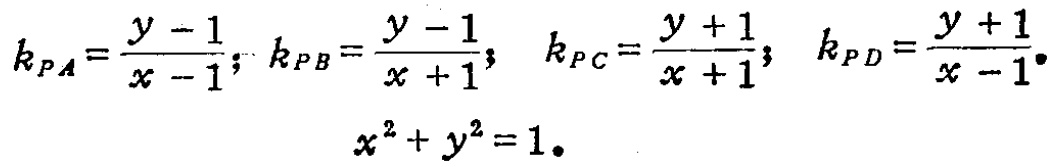
\[
k_{PA}=\frac{y - 1}{x - 1};\ k_{PB}=\frac{y - 1}{x + 1};\ k_{PC}=\frac{y + 1}{x + 1};\ k_{PD}=\frac{y + 1}{x - 1}.\\
x^{2}+y^{2}=1.
\]